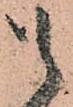
候